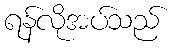
ရန်လိုအပ်သည်